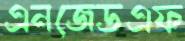
এনজেডএফ